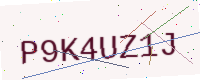
Text: P9K4UZ1J